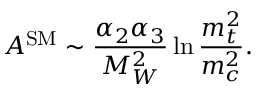
A ^ { \mathrm { S M } } \sim \frac { \alpha _ { 2 } \alpha _ { 3 } } { M _ { W } ^ { 2 } } \ln \frac { m _ { t } ^ { 2 } } { m _ { c } ^ { 2 } } .